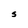
Character: S